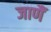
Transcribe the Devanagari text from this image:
जाणैं